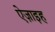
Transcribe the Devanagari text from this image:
ऐज़ाइह